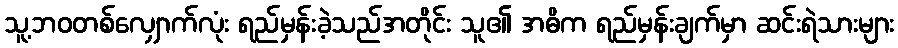
သူ့ဘဝတစ်လျှောက်လုံး ရည်မှန်းခဲ့သည်အတိုင်း သူ၏ အဓိက ရည်မှန်းချက်မှာ ဆင်းရဲသားများ